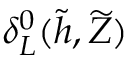
\delta _ { L } ^ { 0 } ( \widetilde { h } , \widetilde { Z } )